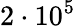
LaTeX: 2\cdot 10^{5}